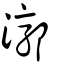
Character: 漷